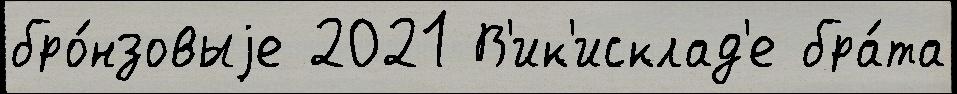
бро́нзовыjе 2021 В'ик'исклад'е бра́та